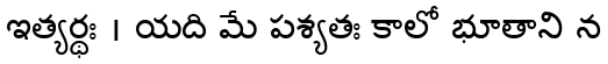
ఇత్యర్థః । యది మే పశ్యతః కాలో భూతాని న